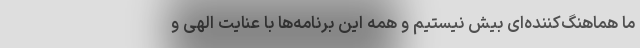
ما هماهنگ‌کننده‌ای بیش نیستیم و همه این برنامه‌ها با عنایت الهی و